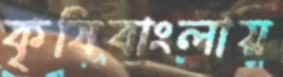
কৃষিবাংলায়